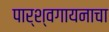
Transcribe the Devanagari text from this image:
पार्श्वगायनाचा